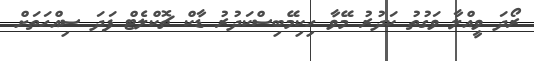
ރޯދަ ވީއްލާ ވަގުތު ކަދުރު މޭވާ ހިކިމޭބިސްކަދުރު ޑާކް ޗޮކްލެޓް ފަދަ ސިއްހަތަށް